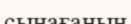
сынағанын